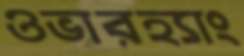
ওভারহ্যাং